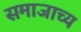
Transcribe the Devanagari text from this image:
समाजाच्य